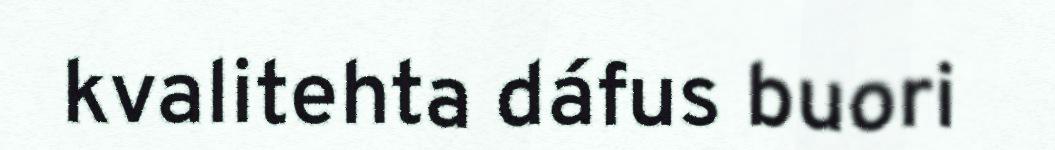
kvalitehta dáfus buori